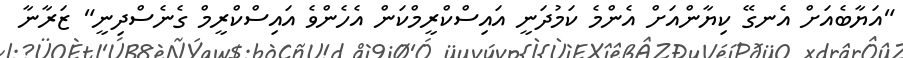
"އަޔާބެއަށް އެނގޭ ކިޔާންއަށް އެންމެ ކަމުދަނީ އައިސްކްރީމްކަން އެހެންވެ އައިސްކްރީމް ގެނެސްދިނީ" ޒަރާނާ